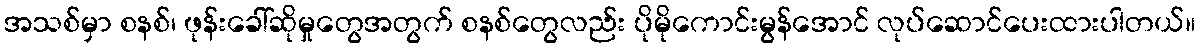
အသစ်မှာ စနစ်၊ ဖုန်းခေါ်ဆိုမှုတွေအတွက် စနစ်တွေလည်း ပိုမိုကောင်းမွန်အောင် လုပ်ဆောင်ပေးထားပါတယ်။